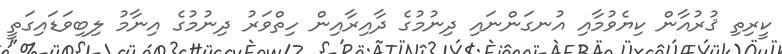
ކީރިތި ޤުރުއާން ކިޔެވުމާއި އުނގަންނައި ދިނުމުގެ ދާއިރާއިން ހިތްވަރު ދިނުމުގެ އިނާމު ލިބިވަޑައިގަތީ